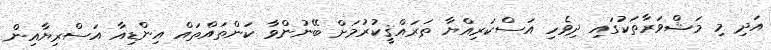
އަދި މި މަޝްވަރާތަކުގައި ދިވެހި އަސްކަރިއްޔާ ތަރައްޤީކުރުމަށް ބޭނުންވާ ކަންތައްތައް އިންޑިއާ އަސްރިޔާއިން